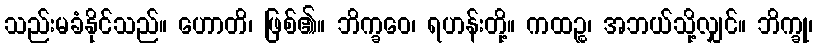
သည်းမခံနိုင်သည်။ ဟောတိ၊ ဖြစ်၏။ ဘိက္ခဝေ၊ ရဟန်းတို့။ ကထဉ္စ၊ အဘယ်သို့လျှင်။ ဘိက္ခု၊